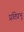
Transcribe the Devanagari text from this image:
प्रतिप्रभू